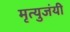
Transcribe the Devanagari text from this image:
मृत्युजंयी